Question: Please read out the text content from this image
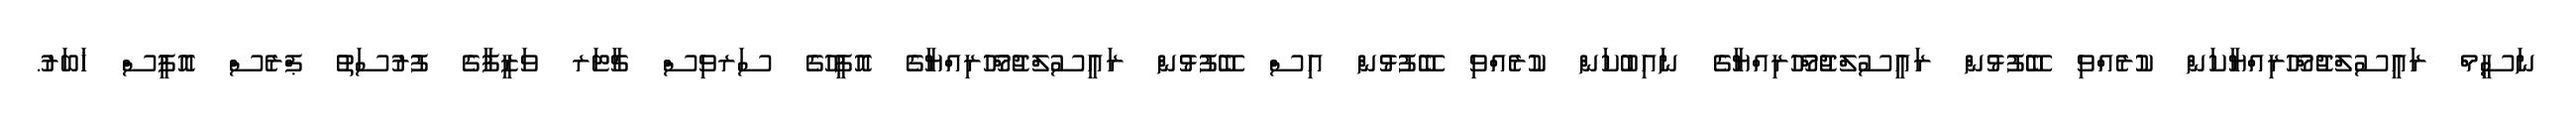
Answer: ނަސީމް ރައީސުލްޖުމްހޫރިއްޔާކަން ކުރެއްވި ބޭފުޅުން ރައީސުލްޖުމްހޫރިއްޔާގެ ނައިބުކަން ކުރެއްވި ބޭފުޅުން އިސް ބޭފުޅުން ރައީސުލްޖުމްހޫރިއްޔާގެ އޮފީހުގެ ސަރވިސް ޗާޓަރ ވަޒީފާގެ ފުރުސަތު ޕްރެސް އޮފީސް ޚަބަރު.